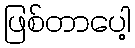
ဖြစ်တာပေါ့